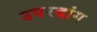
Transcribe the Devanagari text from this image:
उपरदांग